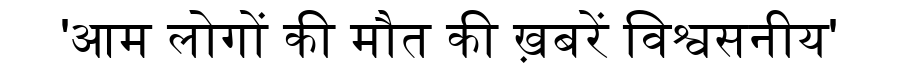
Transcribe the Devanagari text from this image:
'आम लोगों की मौत की ख़बरें विश्वसनीय'